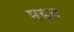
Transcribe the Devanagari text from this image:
मद्दव